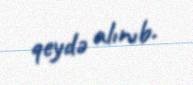
qeydə alınıb.